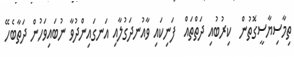
ތިމާސިޔާސީގޮތުން  ކިރުބުއި ދަތްތައް  ފަނިކައި ވާއުނދަގުލާއި އަނގައިންދުވާ ނުބައިވަހުން ދަތާބެހޭ